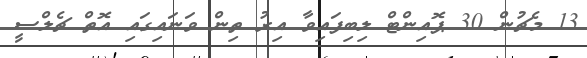
13 މެޗުން 30 ޕޮއިންޓް ލިބިފައިވާ އިރު ތިން ވަނައިގައި އޮތް ޗެލްސީ